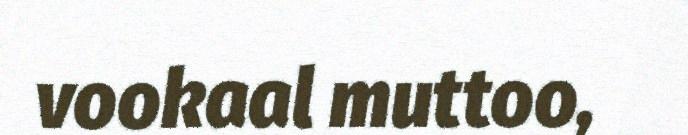
vookaal muttoo,